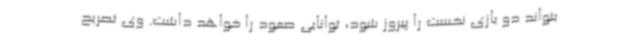
بتواند دو بازی نخست را پیروز شود، توانایی صعود را خواهد داشت. وی تصریح